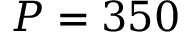
P = 3 5 0